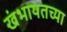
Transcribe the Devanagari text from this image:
खंभायतच्या